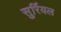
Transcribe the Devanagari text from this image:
सुर्रियल